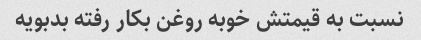
نسبت به قیمتش خوبه روغن بکار رفته بدبویه